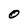
Character: o